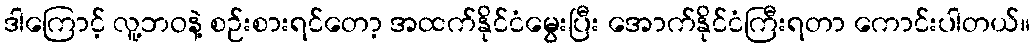
ဒါကြောင့် လူ့ဘဝနဲ့ စဉ်းစားရင်တော့ အထက်နိုင်ငံမွေးပြီး အောက်နိုင်ငံကြီးရတာ ကောင်းပါတယ်။